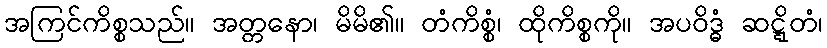
အကြင်ကိစ္စသည်။ အတ္တနော၊ မိမိ၏။ တံကိစ္စံ၊ ထိုကိစ္စကို။ အပဝိဒ္ဓံ ဆဋ္ဋိတံ၊